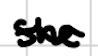
Text: she
Cross-out: wave
Writing tool: digital_black